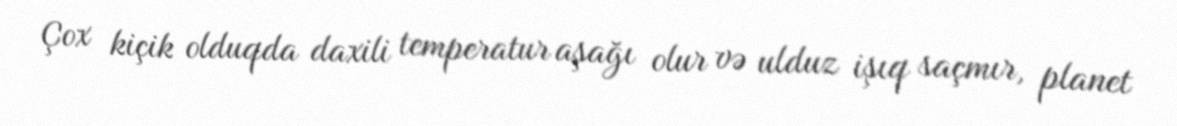
Çox kiçik olduqda daxili temperatur aşağı olur və ulduz işıq saçmır, planet